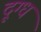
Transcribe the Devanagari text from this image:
दूग्ध